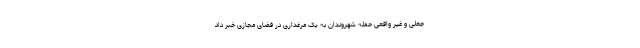
جعلی و غیر واقعی حمله شهروندان به یک مرغداری در فضای مجازی خبر داد